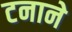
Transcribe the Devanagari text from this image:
टनाने